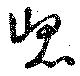
崑